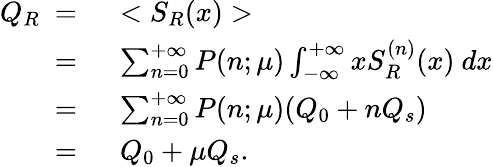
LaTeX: \begin{array}{rl}{Q_{R}\ =\ }&{<S_{R}(x)>}\\ {\ =\ }&{\sum_{n=0}^{+\infty}P(n;\mu)\int_{-\infty}^{+\infty}xS_{R}^{(n)}(x)\ dx}\\ {\ =\ }&{\sum_{n=0}^{+\infty}P(n;\mu)(Q_{0}+nQ_{s})}\\ {\ =\ }&{Q_{0}+\mu Q_{s}.}\end{array}